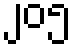
၂၀၅